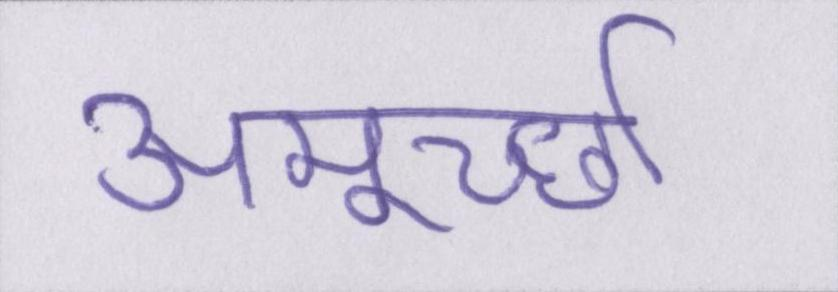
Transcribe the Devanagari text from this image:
अमूर्च्छा